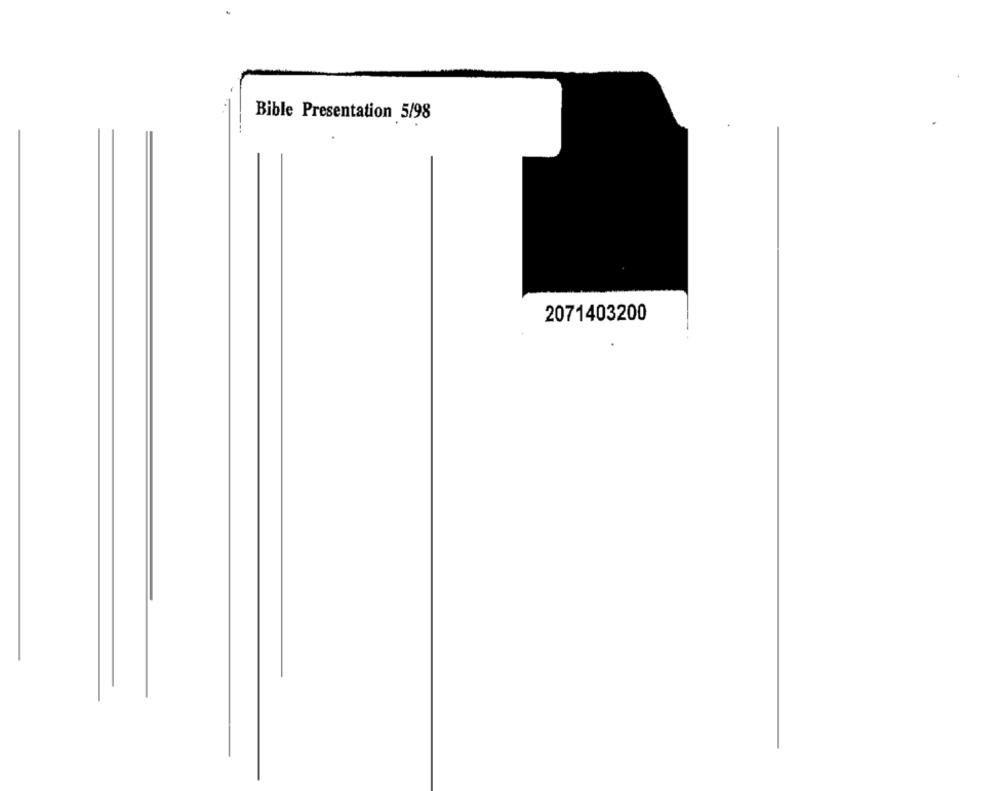
Bible Presentation 5/98
2071403200